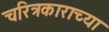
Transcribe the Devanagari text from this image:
चरित्रकाराच्या